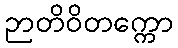
ဉာတိဝိတက္ကော